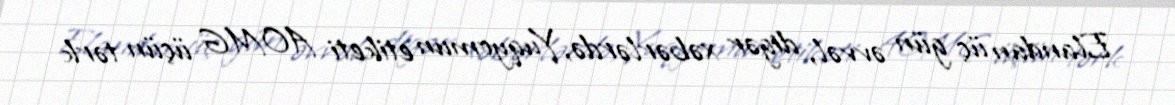
Elandan üç gün əvvəl, digər xəbərlərdə, Yuqyomun etiketi AOMG üçün tərk